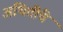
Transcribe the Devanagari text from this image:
अथितींचे